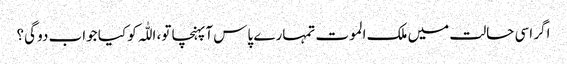
اگر اسی حالت میں ملک الموت تمہارے پاس آپہنچا تو، اللّٰہ کو کیا جواب دو گی؟